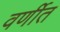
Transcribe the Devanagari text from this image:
वर्णीत